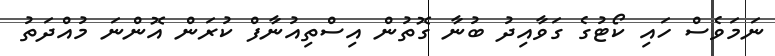
ނަމަވެސް ހައި ކޯޓުގެ ގަވާއިދު ބުނާ ގޮތުން އިސްތިއުނާފް ކުރަން އޮންނަ މުއްދަތު